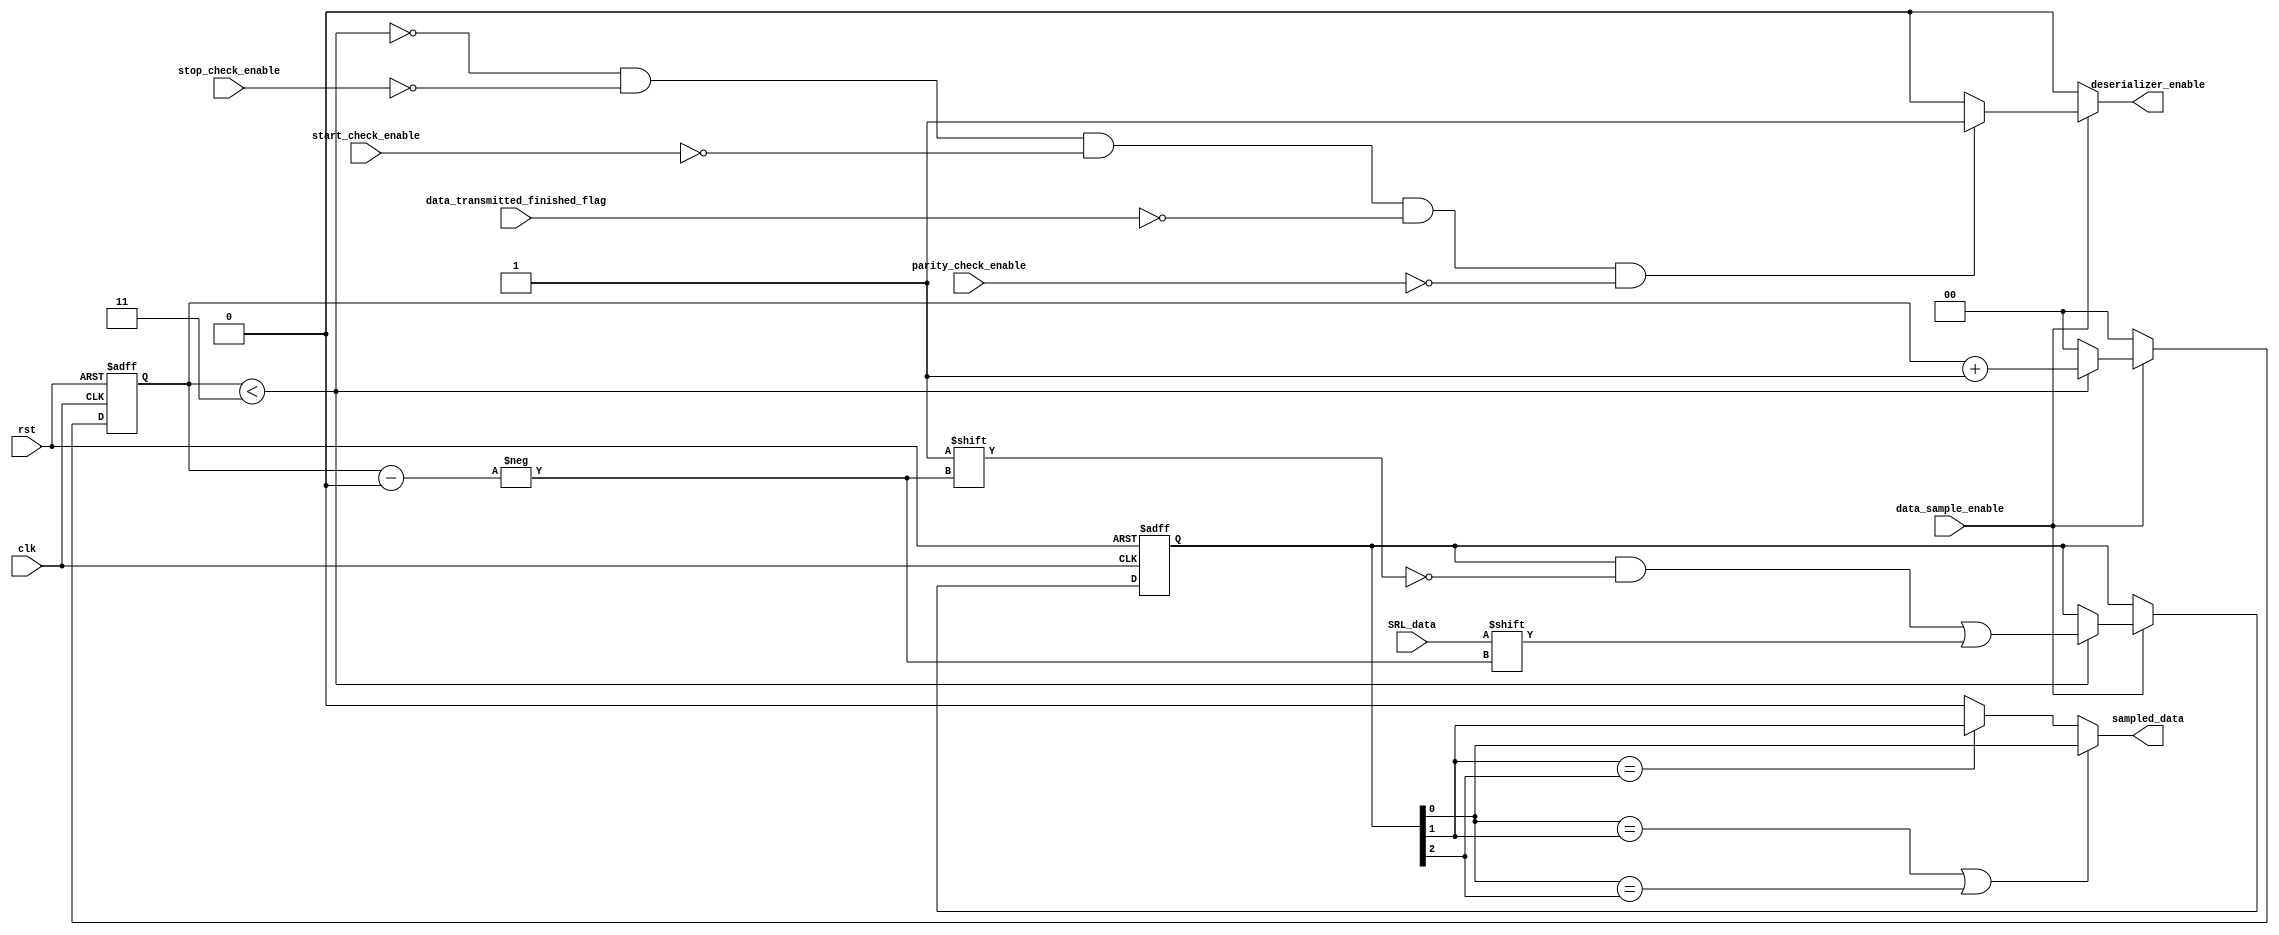

module data_sample#(
    parameter DATA_WIDTH=8,
              SAMPLES_NO=3
) (
    input data_sample_enable,
    input SRL_data,
    input stop_check_enable,
    input start_check_enable,
    input data_transmitted_finished_flag,
    input parity_check_enable,
    
    input clk,
    input rst,

    output reg sampled_data,
    output reg deserializer_enable
);

reg [1:0] samples_counter;
reg [2:0] sampled_bits;




//sampled data generation
always @(*) 
begin  
    if(sampled_bits[0]== sampled_bits[1] || sampled_bits[0]==sampled_bits[2])
    begin
        sampled_data=sampled_bits[0];
    end

    else if(sampled_bits[1] == sampled_bits[2])
    begin
        sampled_data=sampled_bits[1];
    end

    else
    sampled_data=0;
end


//deserializer_enable generation
always @(*) 
begin
    if(data_sample_enable)
        begin

            if(!(samples_counter < SAMPLES_NO) && !stop_check_enable && !start_check_enable 
            && !data_transmitted_finished_flag && !parity_check_enable) //we want deserializer to recieve data but not stop bit nor start bit
            begin
                deserializer_enable=1;
            end

            else
            begin
               deserializer_enable=0;
            end
        end

    else
        deserializer_enable=0;

end


//counting 3 samples
always @(posedge clk or negedge rst) 
begin

    if(!rst)
    begin
        samples_counter<=0;
        sampled_bits<=0;
    end

    else
    begin
        if(data_sample_enable)
        begin
            if(samples_counter < SAMPLES_NO)
            begin
               samples_counter<=samples_counter+1; 
               sampled_bits[samples_counter]<=SRL_data; //demux during synthesis
            end

            else
            begin
                samples_counter<=0;
            end
        end

        else
        samples_counter<=0;
    end
     
end


endmodule